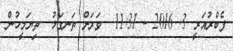
ފެބްރުއަރީ 3